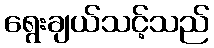
ရွေးချယ်သင့်သည်